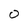
Character: 0